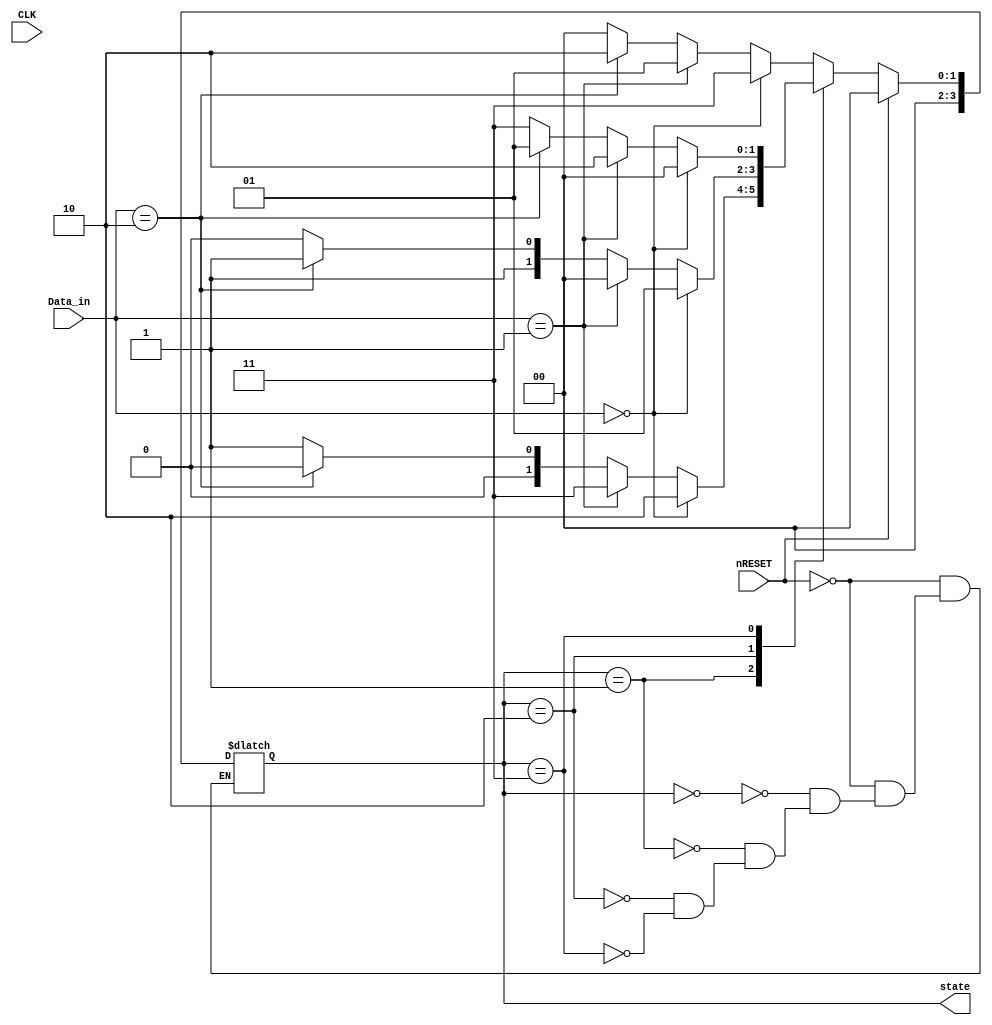
module FSM(state, Data_in, nRESET, CLK);
 
    input[1:0] Data_in;
    input nRESET, CLK;
    output[3:0] state;
    
    wire[1:0] Data_in; // 0: straight, 1: left, 2: right, 3: stop
    wire nRESET, CLK;
    reg[3:0] state; // A,B,C,D

    parameter[1:0] A=2'h0, B=2'h1, C=2'h2, D=2'h3;

    always @(CLK) begin
        if(nRESET == 1'b1) state=A;
        else begin
            case(state)
                A: begin
                    if(Data_in == 2'b00) state = D;
                    else if(Data_in==2'b01) state = B;
                    else if(Data_in==2'b10) state = C;
                    else state=A;
                end
                B: begin
                    if(Data_in == 2'b00) state = C;
                    else if(Data_in==2'b01) state = D;
                    else if(Data_in==2'b10) state = A;
                    else state=B;
                end
                C: begin
                    if(Data_in == 2'b00) state = B;
                    else if(Data_in==2'b01) state = A;
                    else if(Data_in==2'b10) state = D;
                    else state=C;
                end
                D: begin
                    if(Data_in == 2'b00) state = A;
                    else if(Data_in==2'b01) state = C;
                    else if(Data_in==2'b10) state = B;
                    else state=D;
                end
            endcase
        end
    end
     
 endmodule